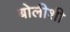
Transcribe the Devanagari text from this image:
बोलीशी